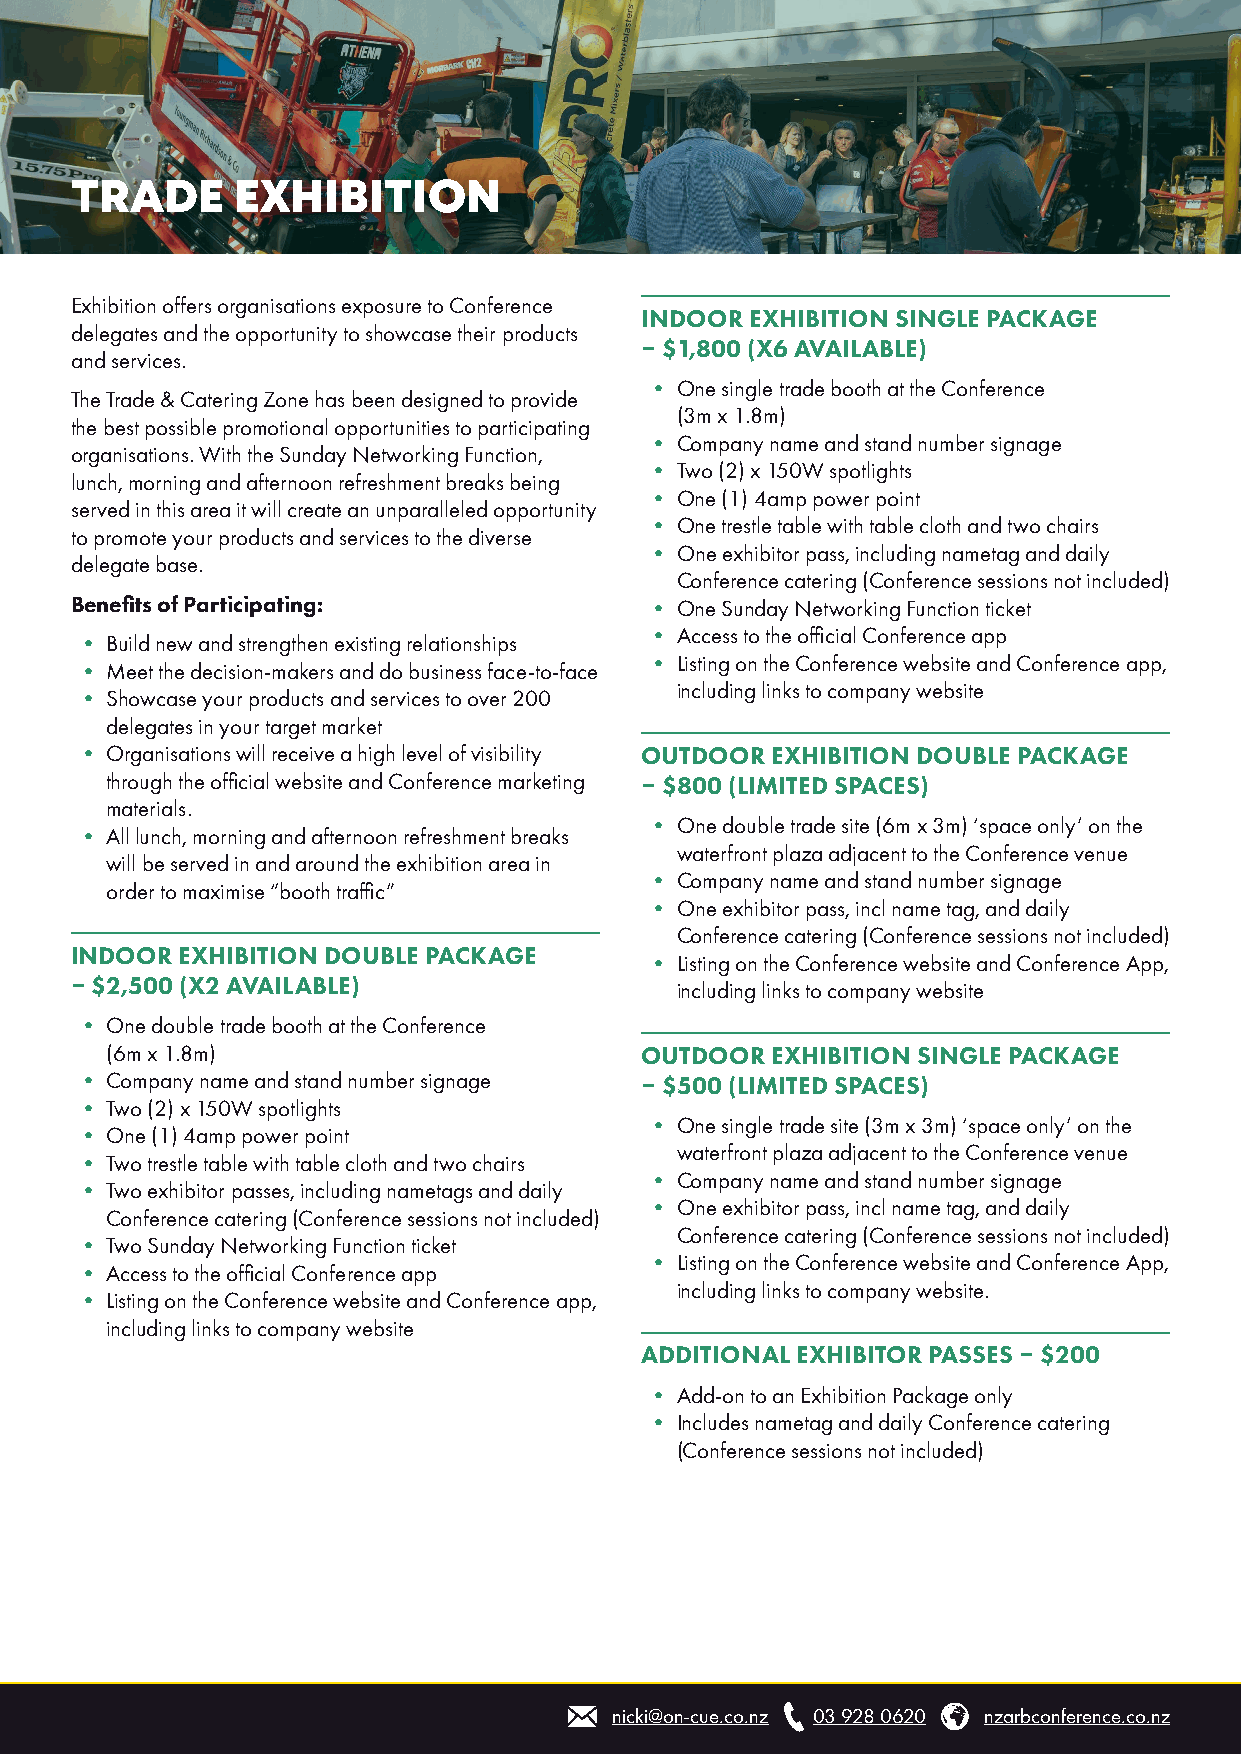
TRADE     EXHIBITION
 Exhibition offers organisations exposure to Conference
 INDOOR  EXHIBITION SINGLE PACKAGE
 delegates and the opportunity to showcase their products
 – $1,800 (X6 AVAILABLE)
 and services.
 • One single trade booth at the Conference
 The Trade & Catering Zone has been designed to provide
 (3m x 1.8m)
 the best possible promotional opportunities to participating
 • Company name and stand number signage
 organisations. With the Sunday Networking Function,
 • Two (2) x 150W spotlights
 lunch, morning and afternoon refreshment breaks being
 • One (1) 4amp power point
 served in this area it will create an unparalleled opportunity
 • One trestle table with table cloth and two chairs
 to promote your products and services to the diverse
 • One exhibitor pass, including nametag and daily
 delegate base.
 Conference catering (Conference sessions not included)
 Benefits of Participating:            • One Sunday Networking Function ticket
 • Access to the official Conference app
 • Build new and strengthen existing relationships
 • Listing on the Conference website and Conference app,
 • Meet the decision-makers and do business face-to-face
 including links to company website
 • Showcase your products and services to over 200
 delegates in your target market
 • Organisations will receive a high level of visibility OUTDOOR EXHIBITION DOUBLE PACKAGE
 through the official website and Conference marketing – $800 (LIMITED SPACES)
 materials.
 • One double trade site (6m x 3m) ‘space only’ on the
 • All lunch, morning and afternoon refreshment breaks
 waterfront plaza adjacent to the Conference venue
 will be served in and around the exhibition area in
 • Company name and stand number signage
 order to maximise “booth traffic”
 • One exhibitor pass, incl name tag, and daily
 Conference catering (Conference sessions not included)
 INDOOR EXHIBITION DOUBLE PACKAGE
 • Listing on the Conference website and Conference App,
 – $2,500 (X2 AVAILABLE)                 including links to company website
 • One double trade booth at the Conference
 (6m x 1.8m)                        OUTDOOR  EXHIBITION SINGLE PACKAGE
 • Company name and stand number signage – $500 (LIMITED SPACES)
 • Two (2) x 150W spotlights
 • One single trade site (3m x 3m) ‘space only’ on the
 • One (1) 4amp power point
 waterfront plaza adjacent to the Conference venue
 • Two trestle table with table cloth and two chairs
 • Company name and stand number signage
 • Two exhibitor passes, including nametags and daily
 • One exhibitor pass, incl name tag, and daily
 Conference catering (Conference sessions not included)
 Conference catering (Conference sessions not included)
 • Two Sunday Networking Function ticket
 • Listing on the Conference website and Conference App,
 • Access to the official Conference app
 including links to company website.
 • Listing on the Conference website and Conference app,
 including links to company website
 ADDITIONAL EXHIBITOR PASSES – $200
 • Add-on to an Exhibition Package only
 • Includes nametag and daily Conference catering
 (Conference sessions not included)
 nicki@on-cue.co.nz 03 928 0620 nzarbconference.co.nz